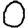
Digit: 0